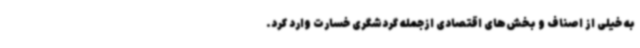
به خیلی از اصناف و بخش‌های اقتصادی ازجمله گردشگری خسارت وارد کرد.